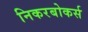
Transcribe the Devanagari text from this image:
निकरबोकर्स